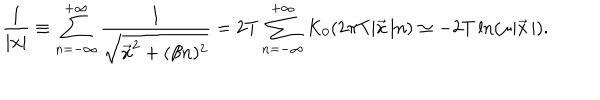
LaTeX: \frac { 1 } { | { \bf x } | } \equiv \sum _ { n = - \infty } ^ { + \infty } \frac { 1 } { \sqrt { \vec { x } ^ { 2 } + ( \beta n ) ^ { 2 } } } = 2 T \sum _ { n = - \infty } ^ { + \infty } K _ { 0 } ( 2 \pi T | \vec { x } { \, } | n ) \simeq - 2 T \ln ( \mu | \vec { x } { \, } | ) .